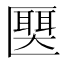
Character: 𫧛